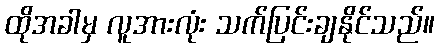
ထိုအခါမှ လူအားလုံး သက်ပြင်းချနိုင်သည်။